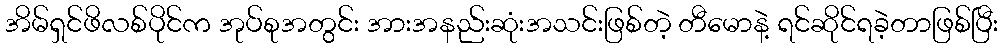
အိမ်ရှင်ဖိလစ်ပိုင်က အုပ်စုအတွင်း အားအနည်းဆုံးအသင်းဖြစ်တဲ့ တီမောနဲ့ ရင်ဆိုင်ရခဲ့တာဖြစ်ပြီး